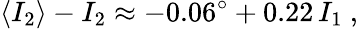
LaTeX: \langle I_{2}\rangle-I_{2}\approx-0.06^{\circ}+0.22\, I_{1}\ ,